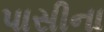
પાસીના